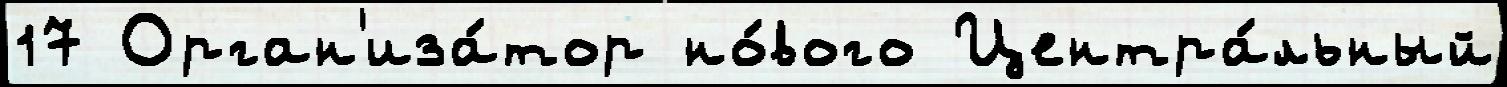
17 Орган'иза́тор но́вого Центра́льный